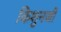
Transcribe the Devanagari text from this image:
किशुनजी